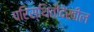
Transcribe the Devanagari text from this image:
परिस्थितीदेखील